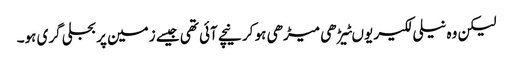
لیکن وہ نیلی لکیر یوںٹیڑھی میڑھی ہو کر نیچے آئی تھی جیسے زمین پر بجلی گری ہو۔